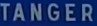
TANGER